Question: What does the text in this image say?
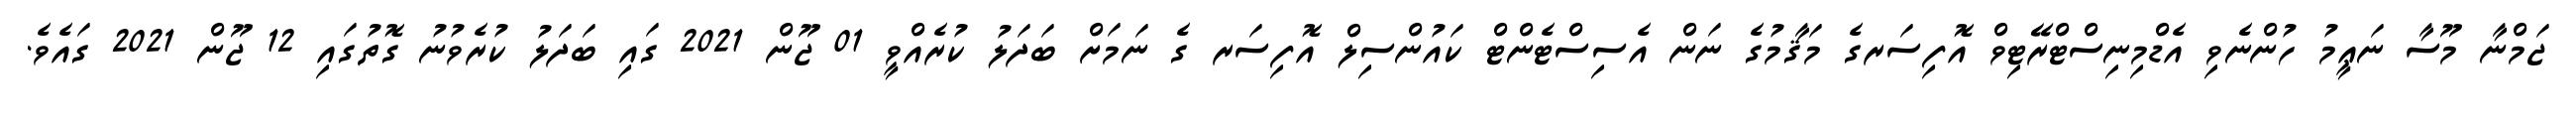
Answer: ޖަމްނާ މޫސާ ނަޢީމު ހުންނެވި އެޑްމިނިސްޓްރޭޓިވް އޮފިސަރގެ މަޤާމުގެ ނަން އެސިސްޓެންޓް ކައުންސިލް އޮފިސަރ ގެ ނަމަށް ބަދަލު ކުރެއްވީ 01 ޖޫން 2021 ގައި ބަދަލު ކުރެވުނު ގޮތުގައި 12 ޖޫން 2021 ގައެވެ.